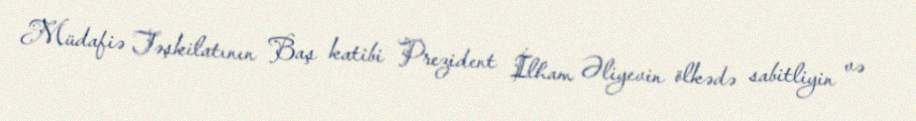
Müdafiə Təşkilatının Baş katibi Prezident İlham Əliyevin ölkədə sabitliyin və